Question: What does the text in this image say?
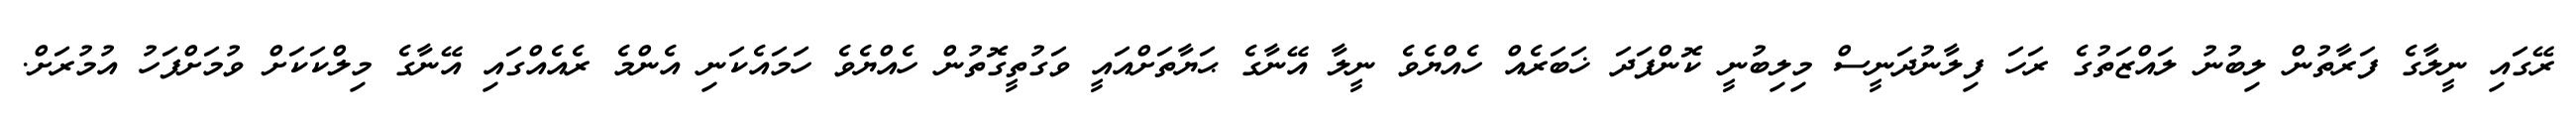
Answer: ރޭގައި ނީލާގެ ފަރާތުން ލިބުނު ލައްޒަތުގެ ރަހަ ފިލާނުދަނީސް މިލިބުނީ ކޮންފަދަ ޚަބަރެއް ހެއްޔެވެ ނީލާ އޭނާގެ ޙަޔާތަށްއައީ ވަގުތީގޮތުން ހެއްޔެވެ ހަމައެކަނި އެންމެ ރެއެއްގައި އޭނާގެ މިލްކަކަށް ވުމަށްފަހު އުމުރަށް.